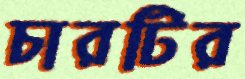
চারটির